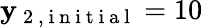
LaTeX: \mathbf{y}_{\mathrm{{~2~,~i~n~i~t~i~a~l~}}}=10